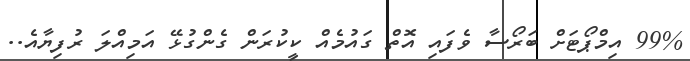
99% އިމްޕޯޓަށް ބަރޯސާ ވެފައި އޮތް ގައުމެއް ކީކުރަން ގެންގުޅޭ އަމިއްލަ ރުފިޔާއެ..